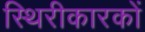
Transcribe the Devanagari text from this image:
स्थिरीकारकों